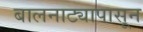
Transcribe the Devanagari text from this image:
बालनाट्यापासून